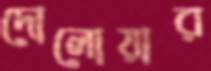
দোলোয়ার